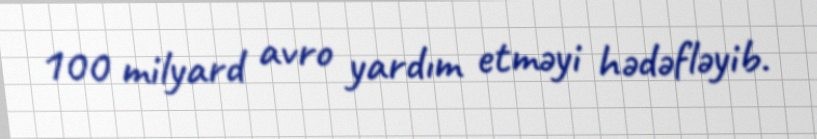
100 milyard avro yardım etməyi hədəfləyib.